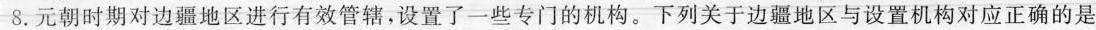
8.元朝时期对边疆地区进行有效管辖，设置了一些专门的机构。下列关于边疆地区与设置机构对应正确的是